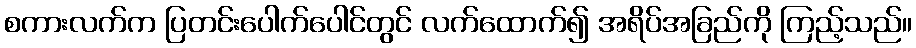
စကားလက်က ပြတင်းပေါက်ပေါင်တွင် လက်ထောက်၍ အရိပ်အခြည်ကို ကြည့်သည်။